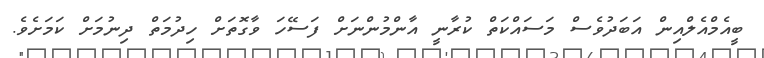
ބީއެމްއެލްއިން އަބަދުވެސް މަސައްކަތް ކުރާނީ އާންމުންނަށް ފަސޭހަ ވާގޮތަށް ހިދުމަތް ދިނުމަށް ކަމަށެވެ.